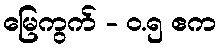
မြေကွက် - ၀.၅ ဧက